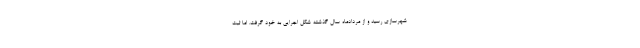
شهرسازی رسید و از مردادماه سال گذشته شکل اجرایی به خود گرفت. اما ثبت